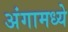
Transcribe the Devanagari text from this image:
अंगामध्ये